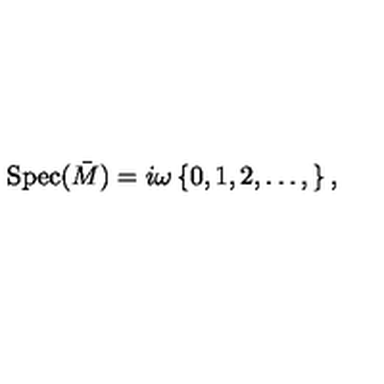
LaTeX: \mathrm { S p e c } ( \bar { M } ) = i \omega \left\{ 0 , 1 , 2 , \ldots , \right\} ,